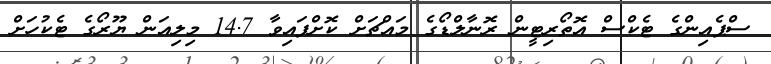
ސްޕެއިންގެ ޓެކްސް އޮތޯރިޓީން ރޮނާލްޑޯގެ މައްޗަށް ކޮށްފައިވާ 14.7 މިލިއަން ޔޫރޯގެ ޓެކުހަށް